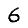
Digit: 6